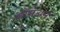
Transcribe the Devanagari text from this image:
फीमेअन